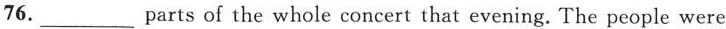
76.___parts of the whole concert that evening. The people were